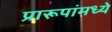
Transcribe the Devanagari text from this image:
प्रारूपांमध्ये